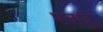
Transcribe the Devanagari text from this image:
पलांदु